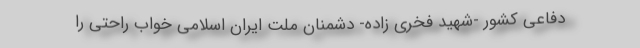
دفاعی کشور -شهید فخری زاده- دشمنان ملت ایران اسلامی خواب راحتی را